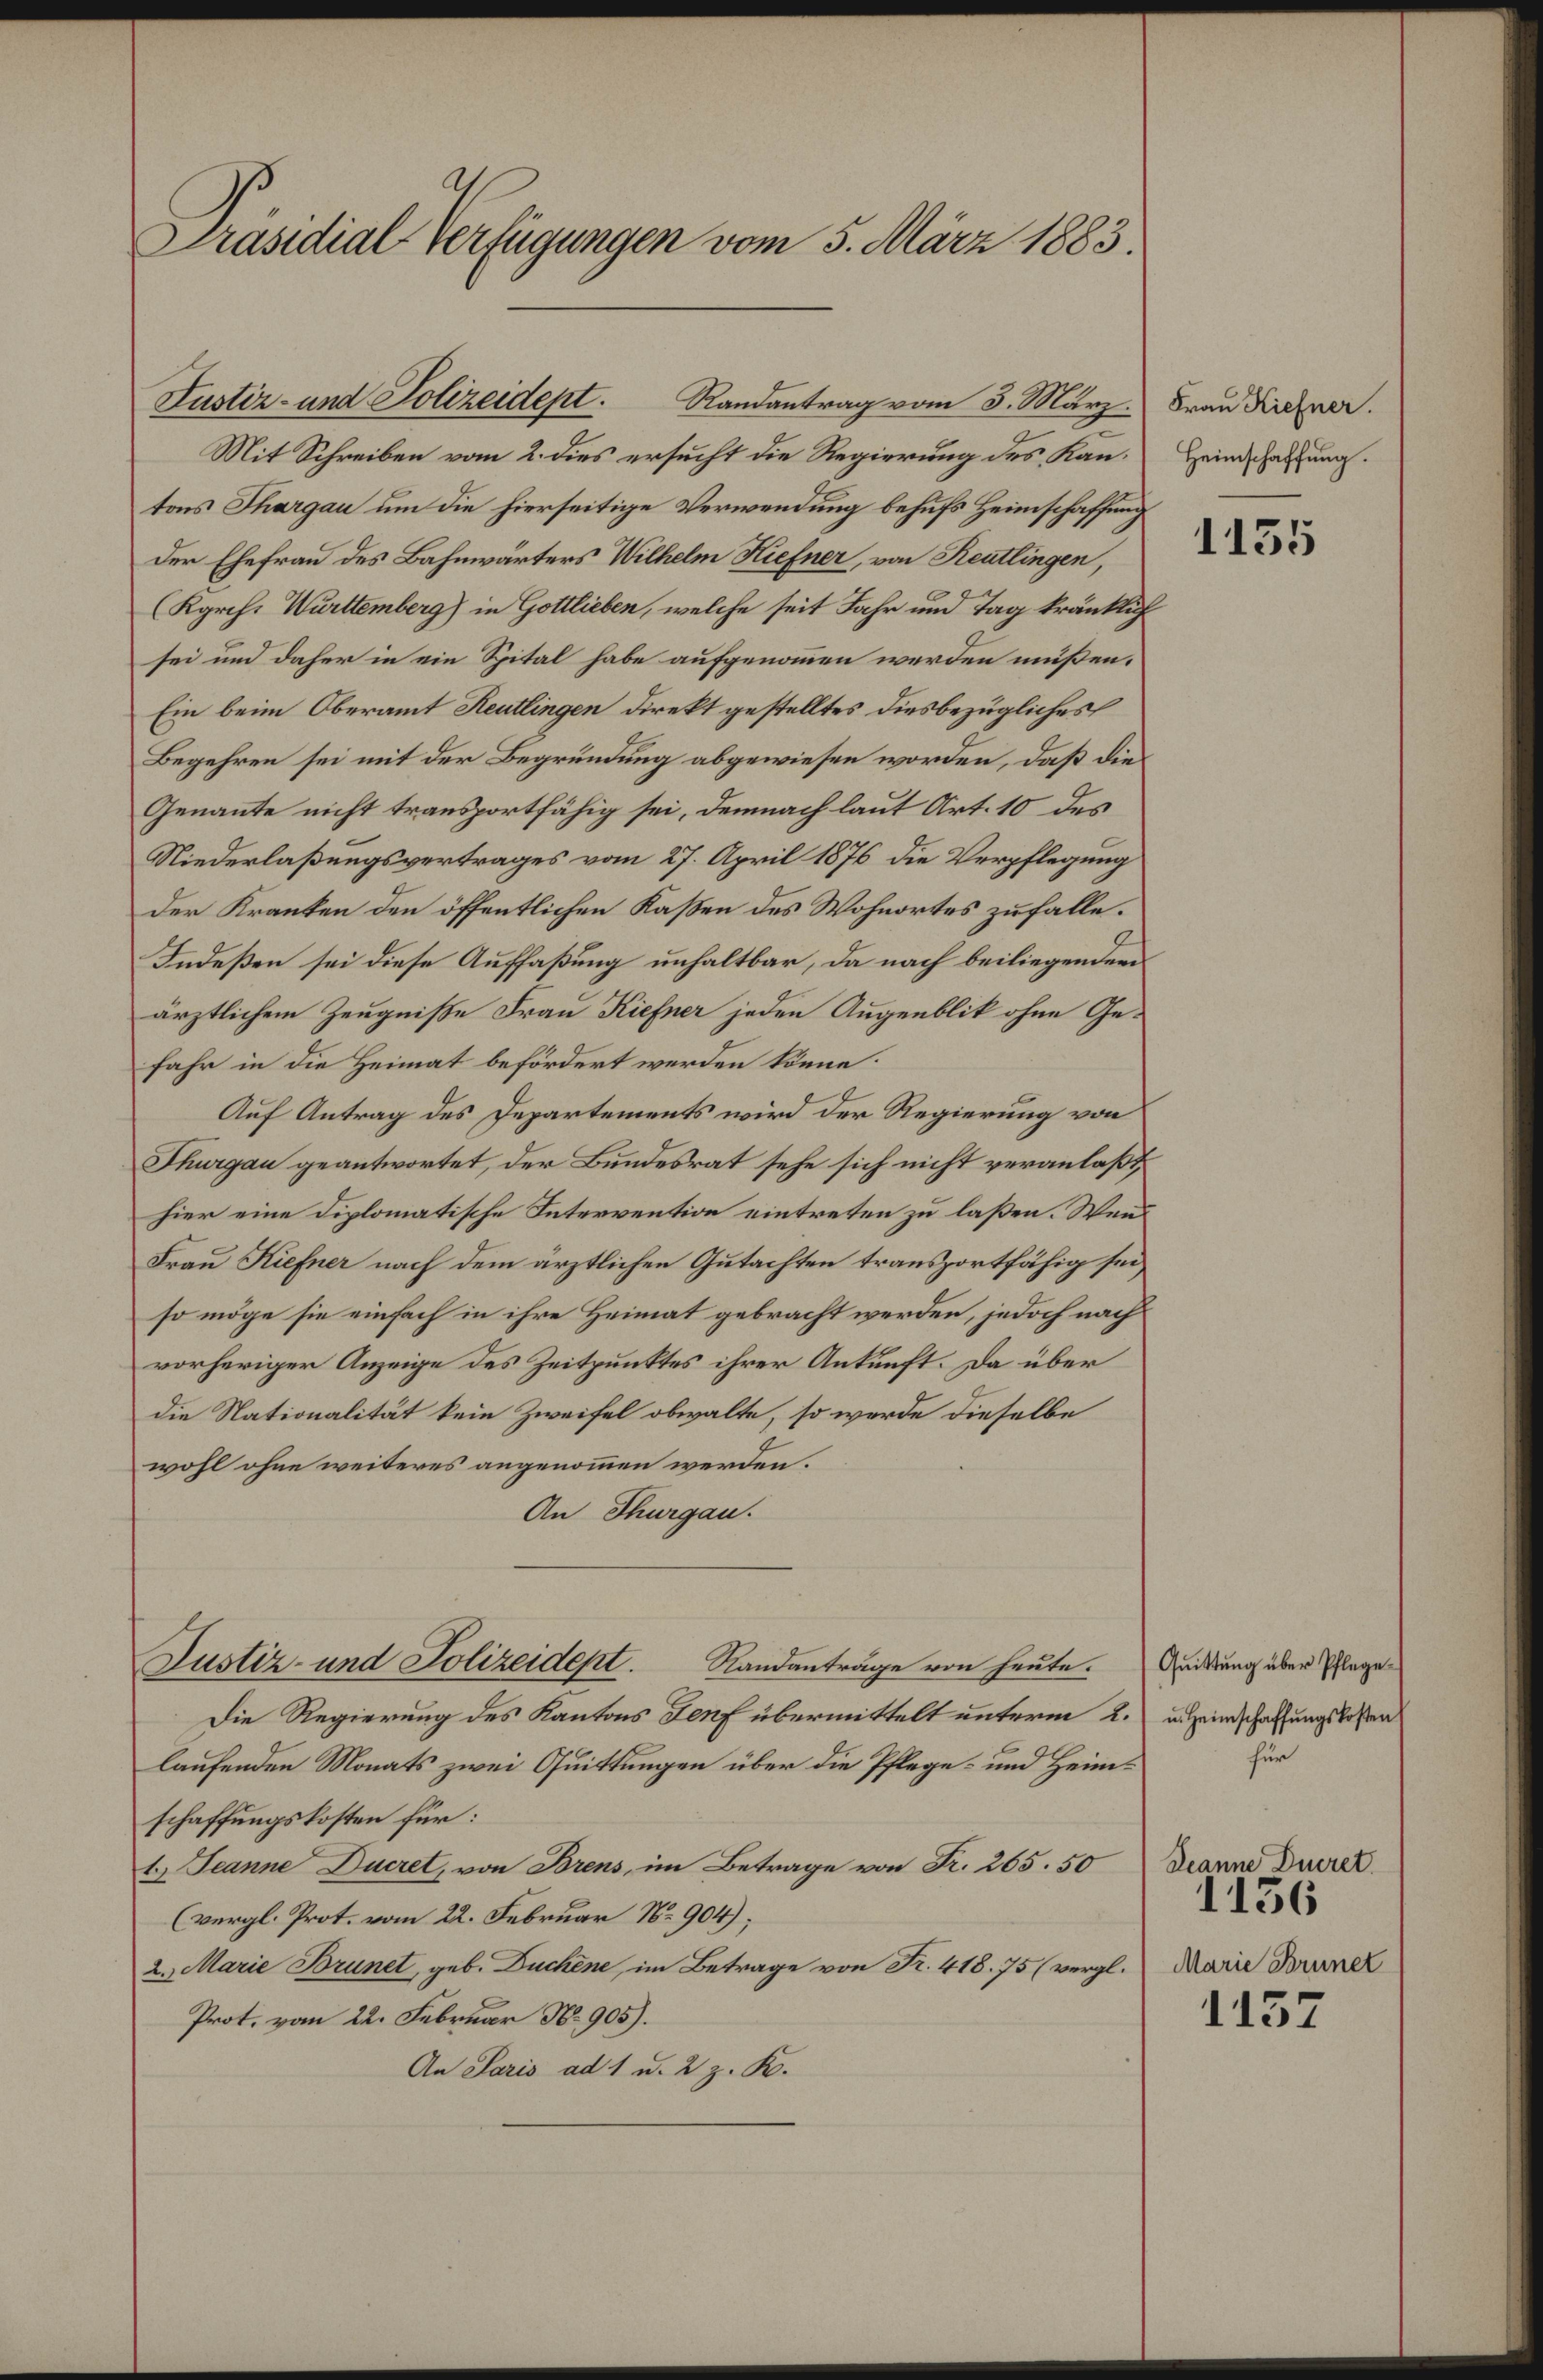
Präsidial-Verfügungen vom 5. März 1883.

Mit Schreiben vom 2. dies ersucht die Regierung des Kantons Thurgau um die hierseitige Verwendung behufs Heimschaffung
Der Ehefrau des Bahnwärters Wilhelm Hiefner, von Reutlingen,
(Kgrch. Württemberg) in Gottlieben, welche seit Jahr und Tag kränklich
sei und daher in ein Spital habe aufgenommen werden müßen.
Ein beim Oberamt Reutlingen direkt gestelltes diesbezügliches
Begehren sei mit der Begründung abgewiesen worden, daß die
Genannte nicht transportfähig sei, demnach laut Art. 10 des
Niederlaßungsvertrages vom 27. April 1876 die Verpflegung
der Kranken den öffentlichen Kaßen des Wohnortes zufalle.
Indeßen sei diese Auffaßung unhaltbar, da nach beiliegenden
ärztlichem Zeugniße Frau Kiefner jeden Augenblik ohne Gefahr in die Heimat befördert werden könne.
Auf Antrag des Departements wird der Regierung von
Thurgau geantwortet, der Bundesrat sehe sich nicht veranlaßt,
hier eine diplomatische Intervention eintreten zu laßen. Wend
Frau Kiefner nach dem ärztlichen Gutachten transportfähig sei,
so möge sie einfach in ihre Heimat gebracht werden, jedoch nach
vorheriger Anzeige des Zeitpunktes ihrer Ankunft. Da über
die Nationalität kein Zweifel obwalte, so werde dieselbe
wohl ohne weiteres angenommen werden.
An Thurgau.
Justiz- und Polizeidept. Randanträge von heute.
Die Regierung des Kantons Genf übermittelt unterm 2. u. einschaffungslosen
laufenden Monats zwei Quittungen über die Pflege- und Heimschaffungskosten für:
t) Jeanne Ducret, von Brens, im Betrage von Fr. 265. 50
(vergl. Prot. vom 22. Februar N. 904);
2. Marie Brunet, geb. Duchene, im Betrage von Fr. 418. 75 (vergl.
Prot. vom 22. Februar N. 905).
An Paris ad 1 u. 2 z. B.

Justiz- und Polizeidept.
Randantrag vom 5. März. Frau Kiefner.

Heimschaffung.

1155

Quittung über Pflegefür

Deanne Decret.
Marie Brunet

1136

1157